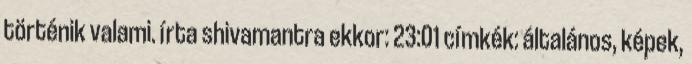
történik valami. írta shivamantra ekkor: 23:01 címkék: általános, képek,